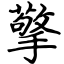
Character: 擎